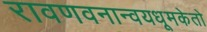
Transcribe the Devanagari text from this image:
रावणवनान्वयधूमकेतो